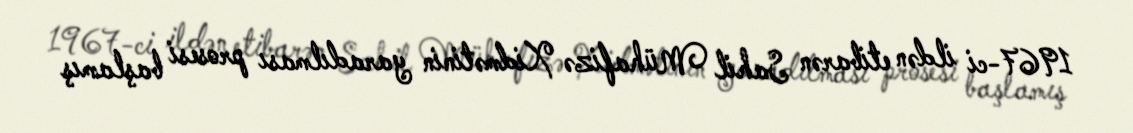
1967-ci ildən etibarən Sahil Mühafizə Xidmətinin yaradılması prosesi başlamış